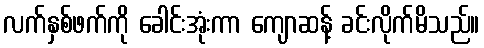
လက်နှစ်ဖက်ကို ခေါင်းအုံးကာ ကျောဆန့် ခင်းလိုက်မိသည်။